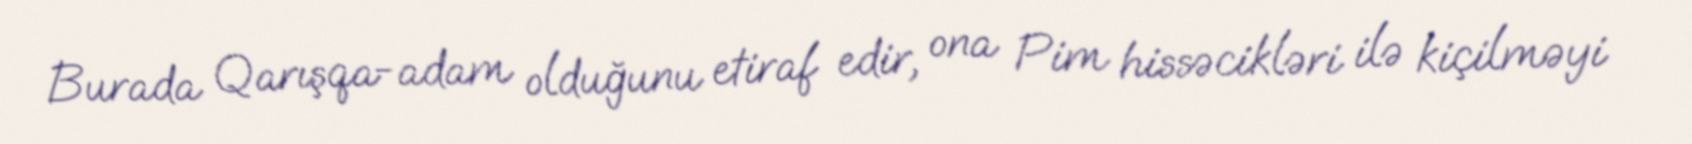
Burada Qarışqa-adam olduğunu etiraf edir, ona Pim hissəcikləri ilə kiçilməyi